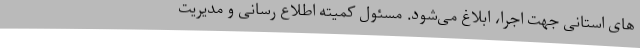
های استانی جهت اجرا، ابلاغ می‌شود. مسئول کمیته اطلاع رسانی و مدیریت